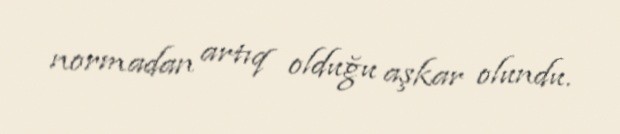
normadan artıq olduğu aşkar olundu.